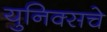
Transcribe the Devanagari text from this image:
युनिक्सचे